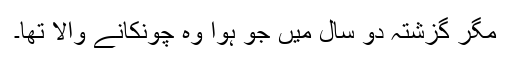
مگر گزشتہ دو سال میں جو ہوا وہ چونكانے والا تھا۔